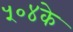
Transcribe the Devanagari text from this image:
५०४के